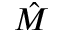
\hat { M }